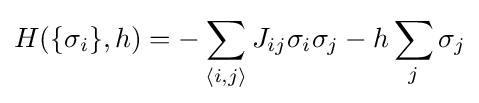
H(\{\sigma _{i}\},h)=-\sum _{\langle i,j\rangle }J_{ij}\sigma _{i}\sigma _{j}-h\sum _{j}\sigma _{j}